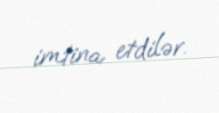
imtina etdilər.